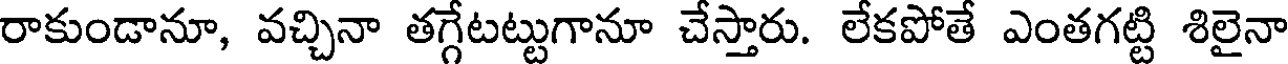
రాకుండానూ, వచ్చినా తగ్గేటట్టుగానూ చేస్తారు. లేకపోతే ఎంతగట్టి శిలైనా